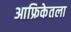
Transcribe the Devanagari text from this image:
आफ्रिकेतला